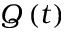
Q \left( t \right)